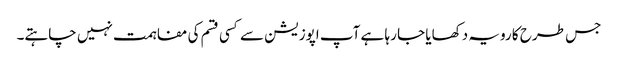
جس طرح کا رویہ دکھایا جا رہا ہے آپ اپوزیشن سے کسی قسم کی مفاہمت نہیں چاہتے۔